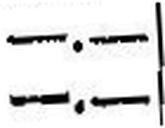
—.—